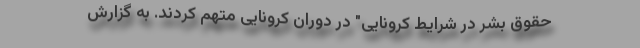
حقوق بشر در شرایط کرونایی" در دوران کرونایی متهم کردند. به گزارش